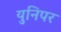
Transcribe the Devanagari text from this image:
युनिपर